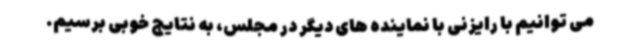
می توانیم با رایزنی با نماینده های دیگر در مجلس، به نتایج خوبی برسیم.